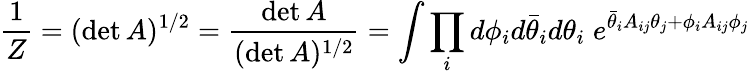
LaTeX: \frac{1}{Z}=(\operatorname*{det}A)^{1/2}=\frac{\operatorname*{det}A}{(\operatorname*{det}A)^{1/2}}=\int\prod_{i}d\phi_{i}d\bar{\theta}_{i}d\theta_{i}\; e^{\bar{\theta}_{i}A_{ij}\theta_{j}+\phi_{i}A_{ij}\phi_{j}}